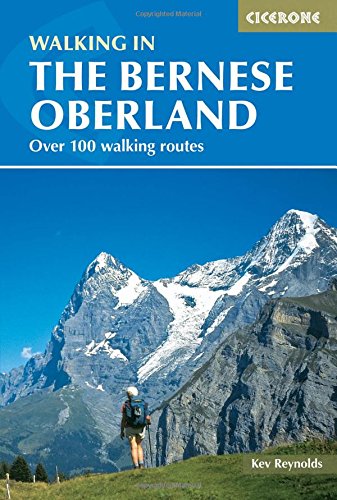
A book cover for Walking in the Bernese Oberland (International series); Kev Reynolds; Travel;